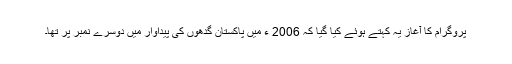
پروگرام کا آغاز یہ کہتے ہوئے کیا گیا کہ 2006 ء میں پاکستان گدھوں کی پیداوار میں دوسرے نمبر پر تھا۔